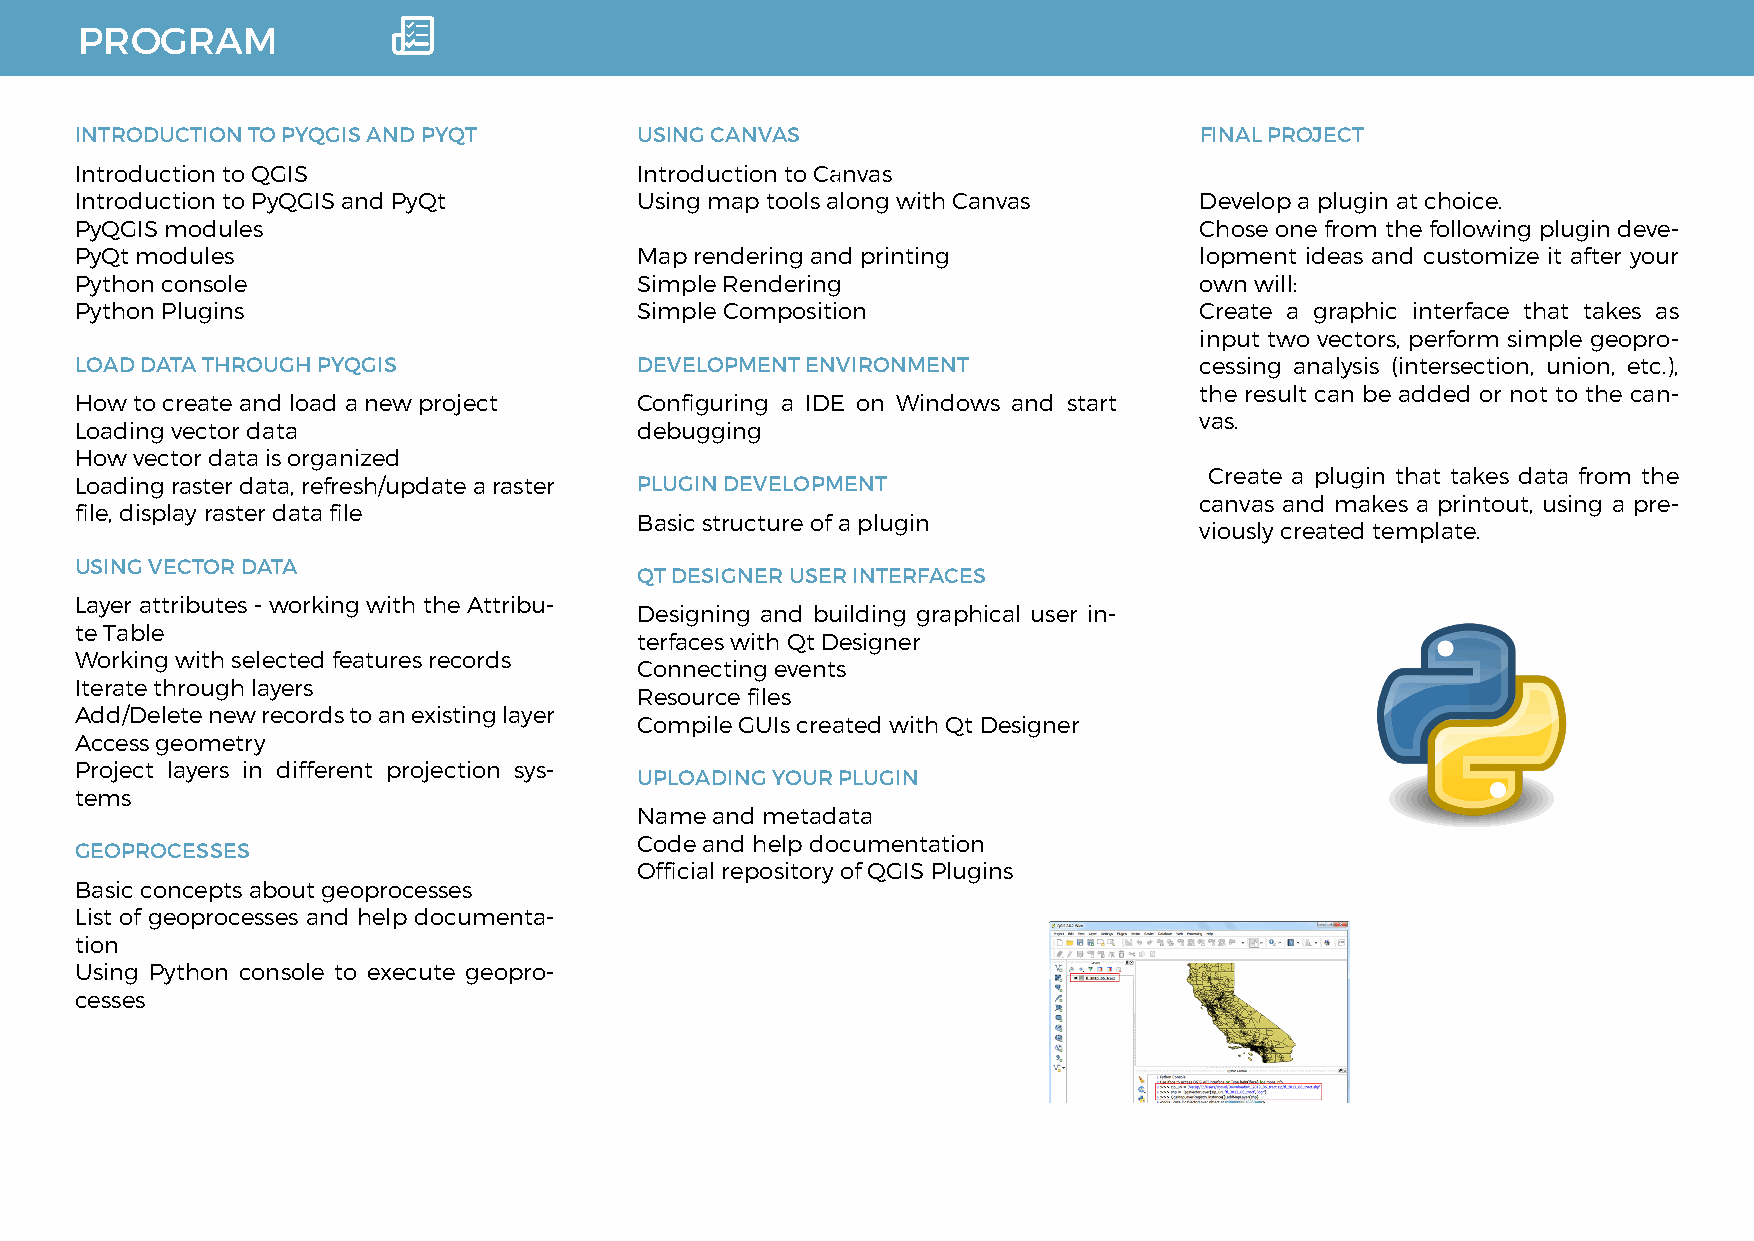
PROGRAM
 INTRODUCTION TO PYQGIS AND PYQT      USING CANVAS                         FINAL PROJECT
 Introduction to QGIS                 Introduction to Canvas
 Introduction to PyQGIS and PyQt      Using map tools along with Canvas    Develop a plugin at choice.
 PyQGIS modules                                                            Chose one from the following plugin deve-
 PyQt modules                         Map rendering and printing           lopment ideas and customize it after your
 Python console                       Simple Rendering                     own will:
 Python Plugins                       Simple Composition                   Create a graphic interface that takes as
 input two vectors, perform simple geopro-
 LOAD DATA THROUGH PYQGIS             DEVELOPMENT ENVIRONMENT              cessing analysis (intersection, union, etc.),
 the result can be added or not to the can-
 How to create and load a new project Configuring a IDE on Windows and start
 vas.
 Loading vector data                  debugging
 How vector data is organized
 Create a plugin that takes data from the
 Loading raster data, refresh/update a raster PLUGIN DEVELOPMENT
 canvas and makes a printout, using a pre-
 file, display raster data file
 Basic structure of a plugin
 viously created template.
 USING VECTOR DATA
 QT DESIGNER USER INTERFACES
 Layer attributes - working with the Attribu-
 Designing and building graphical user in-
 te Table
 terfaces with Qt Designer
 Working with selected features records
 Connecting events
 Iterate through layers
 Resource files
 Add/Delete new records to an existing layer
 Compile GUIs created with Qt Designer
 Access geometry
 Project layers in different projection sys-
 UPLOADING YOUR PLUGIN
 tems
 Name and metadata
 Code and help documentation
 GEOPROCESSES
 Official repository of QGIS Plugins
 Basic concepts about geoprocesses
 List of geoprocesses and help documenta-
 tion
 Using Python console to execute geopro-
 cesses